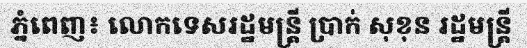
ភ្នំពេញ៖ លោកទេសរដ្ឋមន្ត្រី ប្រាក់ សុខុន រដ្ឋមន្ត្រី